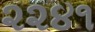
૨૨૪૧